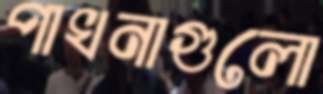
পাখনাগুলো